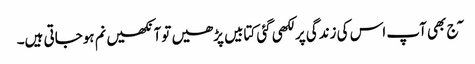
\ٓج بھی آپ اس کی زندگی پر لکھی گئی کتابیں پڑھیں توآنکھیں نم ہوجاتی ہیں۔